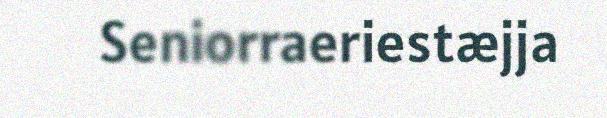
Seniorraeriestæjja